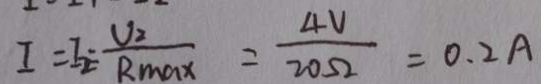
I = I _ { 2 } = \frac { V _ { 2 } } { R _ { \max } } = \frac { 4 V } { 2 0 \Omega } = 0 . 2 A